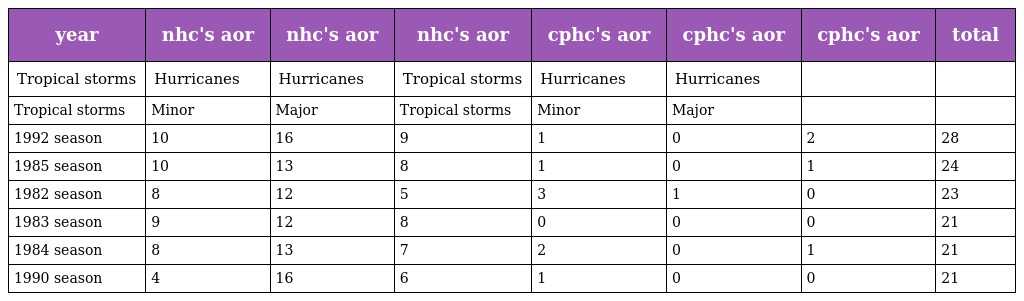
| year | nhc's aor | nhc's aor | nhc's aor | cphc's aor | cphc's aor | cphc's aor | total |
 | --- | --- | --- | --- | --- | --- | --- | --- |
 | Tropical storms | Hurricanes | Hurricanes | Tropical storms | Hurricanes | Hurricanes |  |  |
 | Tropical storms | Minor | Major | Tropical storms | Minor | Major |  |  |
 | 1992 season | 10 | 16 | 9 | 1 | 0 | 2 | 28 |
 | 1985 season | 10 | 13 | 8 | 1 | 0 | 1 | 24 |
 | 1982 season | 8 | 12 | 5 | 3 | 1 | 0 | 23 |
 | 1983 season | 9 | 12 | 8 | 0 | 0 | 0 | 21 |
 | 1984 season | 8 | 13 | 7 | 2 | 0 | 1 | 21 |
 | 1990 season | 4 | 16 | 6 | 1 | 0 | 0 | 21 |